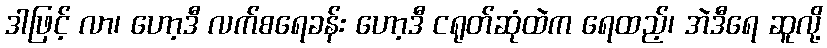
ဒါဖြင့် လာ၊ ဟော့ဒီ လက်စရေခန်း ဟော့ဒီ ငရုတ်ဆုံထဲက ရေထည့်၊ အဲဒီရေ ဆူလို့